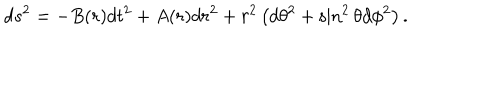
d s ^ { 2 } = - B ( r ) d t ^ { 2 } + A ( r ) d r ^ { 2 } + r ^ { 2 } \left( d \theta ^ { 2 } + \sin ^ { 2 } \theta d \phi ^ { 2 } \right) .